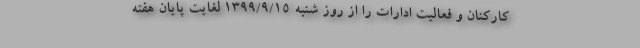
کارکنان و فعالیت ادارات را از روز شنبه ۱۳۹۹/۹/۱۵ لغایت پایان هفته